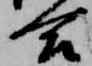
合